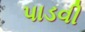
પાડવી